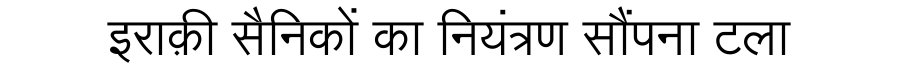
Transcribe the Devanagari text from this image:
इराक़ी सैनिकों का नियंत्रण सौंपना टला